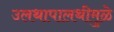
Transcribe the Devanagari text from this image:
उलथापालथीमुळे